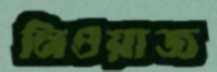
নিওয়াজ